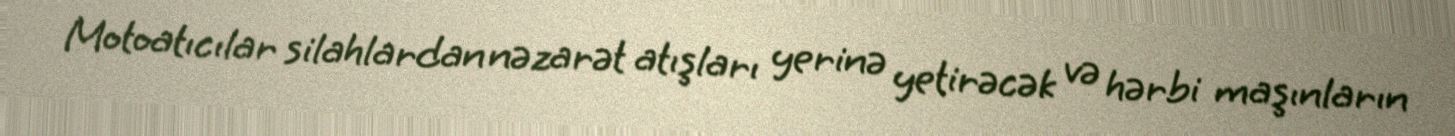
Motoatıcılar silahlardan nəzarət atışları yerinə yetirəcək və hərbi maşınların